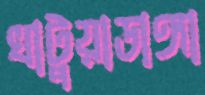
খাটুয়াডাঙ্গা